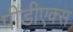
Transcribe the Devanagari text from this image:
पीडीएक्स